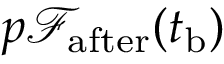
p \mathcal { F } _ { \mathrm { a f t e r } } ( t _ { \mathrm { b } } )